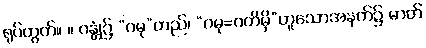
ရုပ်တွက်။ ။ ဂန္တုံ၌ “ဂမု”တည်၊ “ဂမု=ဂတိမှိ”ဟူသောအနက်၌ ဓာတ်